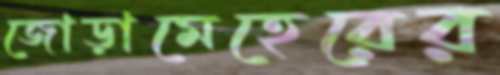
জোড়ামেহেরের